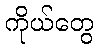
ကိုယ်တွေ